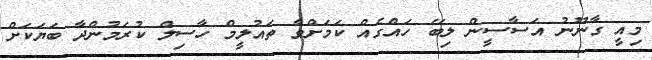
މިއީ ގާނޫނު އަސާސީން ލިބޭ ހައްގެއް ކަމަށްވާ ތައުލީމް ހާސިލް ކުރަމުންދާ ބަޔަކަށް